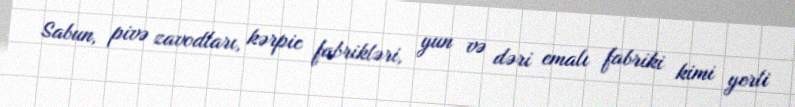
Sabun, pivə zavodları, kərpic fabrikləri, yun və dəri emalı fabriki kimi yerli